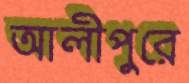
আলীপুরে